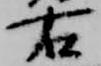
右